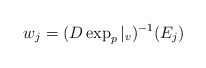
\begin{align*}w_j = (D\exp_p|_v)^{-1}(E_j)\end{align*}